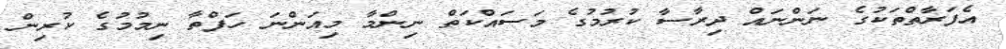
އެފަރާތްތަކުގެ ނަންނައް ދިރާސާ ކުރުމުގެ މަސައްކަތް ނިންމާ މިއަންނަ ހަފްތާ ނިމުމުގެ ކުރިން